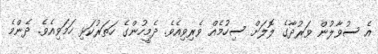
އެ ސުވާލުން ވަރުދާގެ ލޮލަށް ސިހުމެއް ވެރިވިއެވެ. ދެމީހުންގެ ހަތަރުކަޅި ހަމަވިއެވެ. ދެންމެ